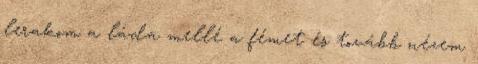
lerakom a láda mellé a fémet és tovább nézem